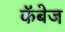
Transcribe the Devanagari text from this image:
कॅबेज